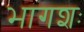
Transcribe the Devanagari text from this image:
भागशः